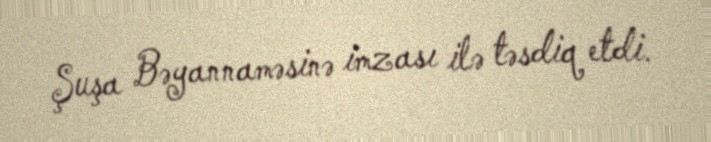
Şuşa Bəyannaməsinə imzası ilə təsdiq etdi.